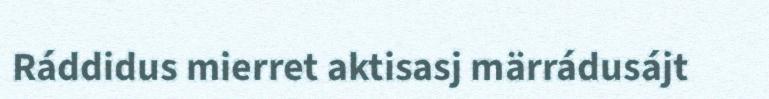
Ráddidus mierret aktisasj märrádusájt